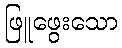
ဖြူဖွေးသော